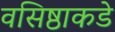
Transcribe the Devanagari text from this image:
वसिष्ठाकडे